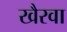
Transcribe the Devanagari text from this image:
खैरवा